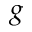
\boldsymbol { g }